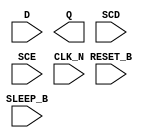
module sky130_fd_sc_lp__srsdfrtn (
    //# {{data|Data Signals}}
    input  D      ,
    output Q      ,

    //# {{control|Control Signals}}
    input  RESET_B,

    //# {{scanchain|Scan Chain}}
    input  SCD    ,
    input  SCE    ,

    //# {{clocks|Clocking}}
    input  CLK_N  ,

    //# {{power|Power}}
    input  SLEEP_B
);

    // Voltage supply signals
    supply1 KAPWR;
    supply1 VPWR ;
    supply0 VGND ;
    supply1 VPB  ;
    supply0 VNB  ;

endmodule